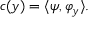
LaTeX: c ( y ) = \langle \psi , \varphi _ { y } \rangle .